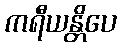
ကရီယန္တိပေ